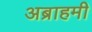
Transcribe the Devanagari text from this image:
अब्राहमी